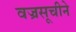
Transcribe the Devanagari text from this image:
वज्रसूचीने